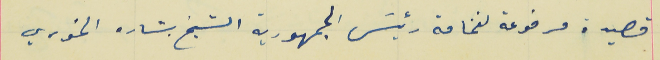
قصيدة مرفوعة لفخامة رئيسَ الجمهورية الشيخ بشاره الخوري